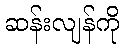
ဆန်းလျန်ကို